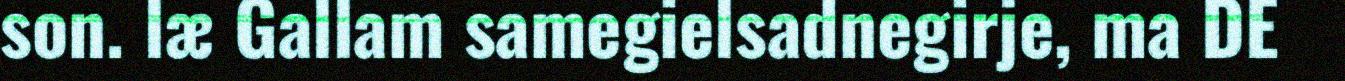
son. læ Gallam samegielsadnegirje, ma DE